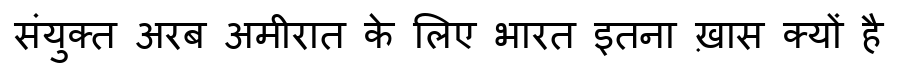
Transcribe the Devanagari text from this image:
संयुक्त अरब अमीरात के लिए भारत इतना ख़ास क्यों है